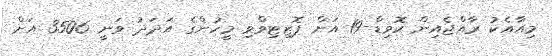
މިއާއެކު ރާއްޖެއިން ކޮވިޑް-19 އަށް ޕޮޒިޓިވްވި މީހުންގެ އަދަދު ވަނީ 3506 އަށް